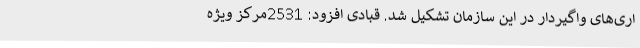
اری‌های واگیردار در این سازمان تشکیل شد. قبادی افزود: 2531مرکز ویژه